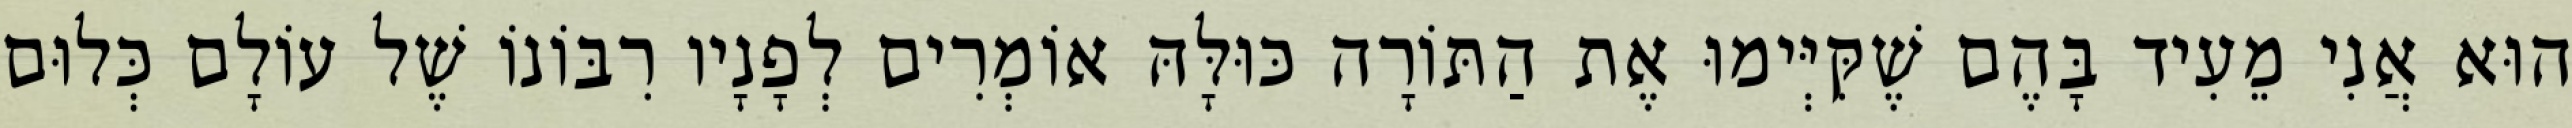
הוּא אֲנִי מֵעִיד בָּהֶם שֶׁקִּיְּימוּ אֶת הַתּוֹרָה כּוּלָּהּ אוֹמְרִים לְפָנָיו רִבּוֹנוֹ שֶׁל עוֹלָם כְּלוּם